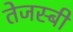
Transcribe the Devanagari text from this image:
तेजस्बी